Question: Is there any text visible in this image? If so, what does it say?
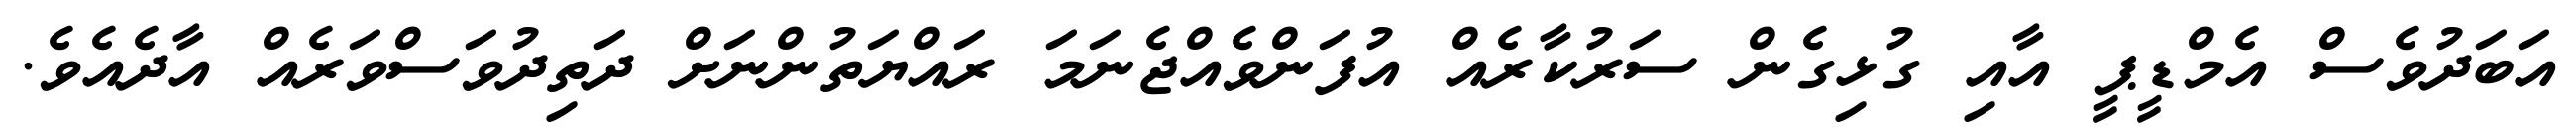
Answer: އަބަދުވެސް އެމްޑީޕީ އާއި ގުޅިގެން ސަރުކާރެއް އުފަންވެއްޖެނަމަ ރައްޔަތުންނަށް ދަތިދުވަސްވަރެއް އާދެއެވެ.